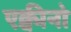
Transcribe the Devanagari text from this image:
एक्वीनो